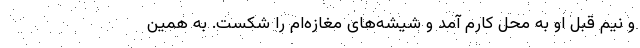
و نیم قبل او به محل کارم آمد و شیشه‌های مغازه‌ام را شکست. به همین